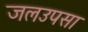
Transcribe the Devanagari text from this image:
जलउपसा